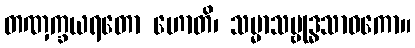
တဏှက္ခယရတော ဟောတိ၊ သမ္မာသမ္ဗုဒ္ဓသာဝကော။